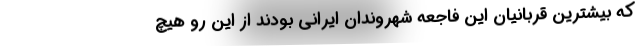
که بیشترین قربانیان این فاجعه شهروندان ایرانی بودند از این رو هیچ